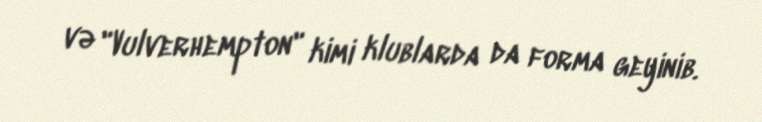
və "Vulverhempton" kimi klublarda da forma geyinib.